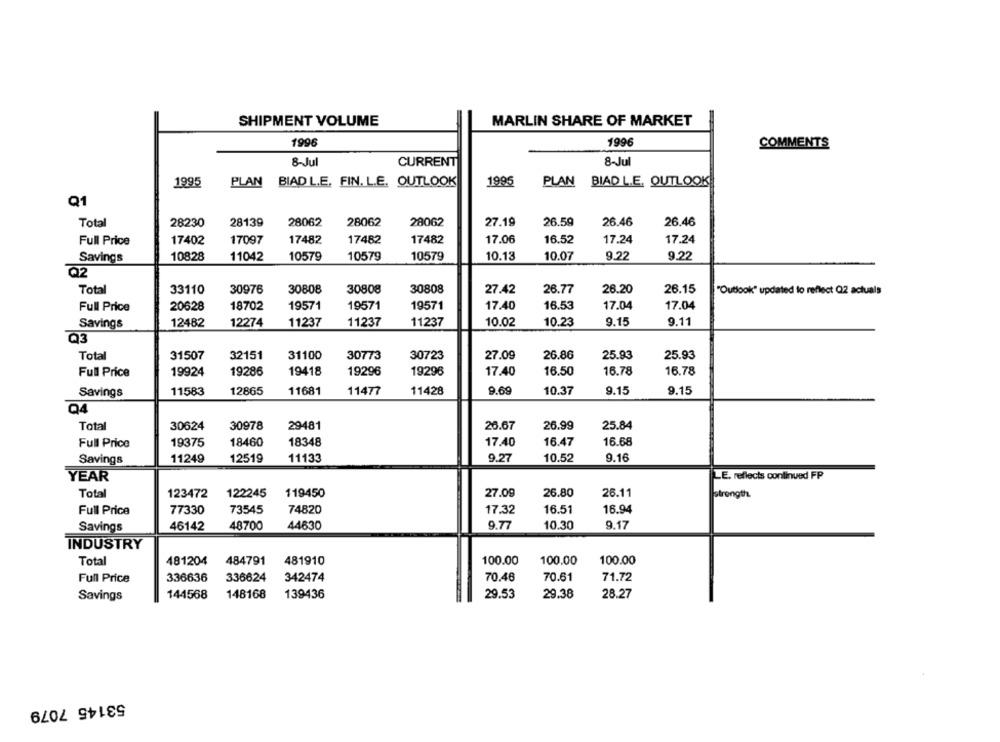
SHIPMENT VOLUME
MARLIN SHARE OF MARKET
1996
1996
COMMENTS
8-Jul
CURRENT
8~Jul
1995
PLAN
BIAD L.E. FIN. L.E. OUTLOOK
1995
PLAN
BIAD L.E. OUTLOOK
Q1
Total
28230
28139
28062
28062
28062
27.19
26.59
26.46
26.46
Full Price
17402
17097
17482
17482
17482
17.06
16.52
17.24
17.24
Savings
10828
11042
10579
10579
10579
10.13
10.07
9.22
9.22
02
Total
26.77
26.20
26.15
33110
30976
30808
30808
30808
27.42
"Outlook" updated to reflect Q2 actuals
19571
19571
16.53
17.04
Full Price
20628
18702
19571
17.40
17.04
Savings
12482
12274
11237
11237
11237
10.02
10.23
9.15
9.11
Q3
Total
31507
32151
31100
30773
30723
27.09
26.86
25.93
25.93
Full Price
19924
19286
19418
19296
19296
17.40
16.50
16.78
16.78
Savings
11583
12865
11681
11477
11428
9.69
10.37
9.15
9.15
Q4
Total
30624
30978
29481
26.67
26.99
25.84
Full Price
19375
18460
18348
17.40
16.47
16.68
Savings
11249
12519
11133
9.27
10.52
9.16
LE. reflects continued FP
YEAR
Total
123472
122245
119450
27.09
26.80
26.11
strongth.
Full Price
77330
73545
74820
17.32
16.51
16.94
Savings
46142
48700
44630
9.77
10.30
9.17
INDUSTRY
Total
481204
484791
481910
100.00
100.00
100.00
Full Price
336636
336624
342474
70.46
70.61
71.72
28.27
Savings
144568
148168
139436
29.53
29.38
53145 7079